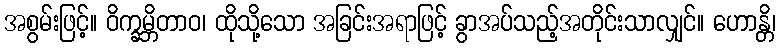
အစွမ်းဖြင့်။ ဝိက္ခမ္ဘိတာဝ၊ ထိုသို့သော အခြင်းအရာဖြင့် ခွာအပ်သည့်အတိုင်းသာလျှင်။ ဟောန္တိ၊